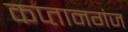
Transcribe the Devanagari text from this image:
कप्‍तानगंज